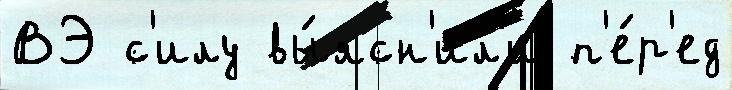
ВЭ с'илу вы́ясн'ил'и п'е́р'ед